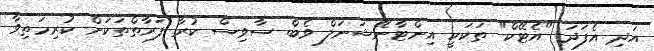
އަދި އެފަދަ "އެޓޭކް" ތަކަކީ އިންޓާނޭޝަނަލް ވެބް ސާވިސް ކުރާ ފަރާތްތަކަށް ކުރިމަތިވާ